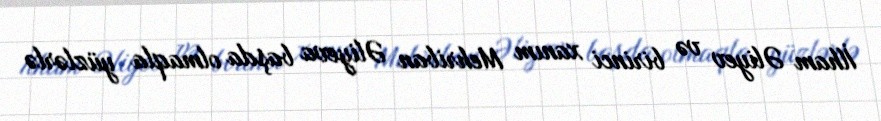
İlham Əliyev və birinci xanım Mehriban Əliyeva başda olmaqla yüzlərlə